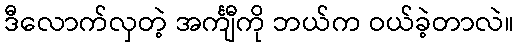
ဒီလောက်လှတဲ့ အင်္ကျီကို ဘယ်က ဝယ်ခဲ့တာလဲ။